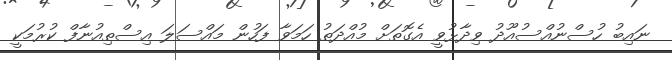
ނައިބު ހުސްނުއްސުއޫދު ވިދާޅުވީ އެގޮތަށް މުއްދަތު ހަމަވާ ފަހުން މައްސަލަ އިސްތިއުނާފް ކުރުމަކީ